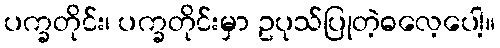
ပက္ခတိုင်း၊ ပက္ခတိုင်းမှာ ဥပုသ်ပြုတဲ့ဓလေ့ပေါ့။